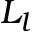
L _ { l }